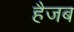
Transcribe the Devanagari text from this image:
हैजब